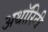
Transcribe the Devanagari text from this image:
अथाॅरिटी